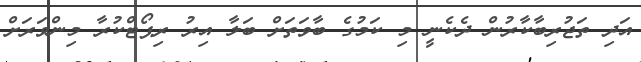
އަދި ތަޖުރިބާކާރުން ދެކެނީ މި ކަމުގެ ބާވަތަށް ބަލާ އިރު ރިޕޯޓްކުރާ މިންވަރަށް